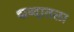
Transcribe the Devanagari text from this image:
शब्दातला